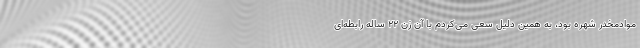
موادمخدر شهره بود، به همین دلیل سعی می‌کردم با آن زن ۲۲ ساله رابطه‌ای